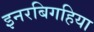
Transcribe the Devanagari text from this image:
इनरबिगहिया